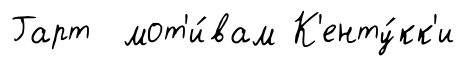
Гарт мот'и́вам К'енту́кк'и